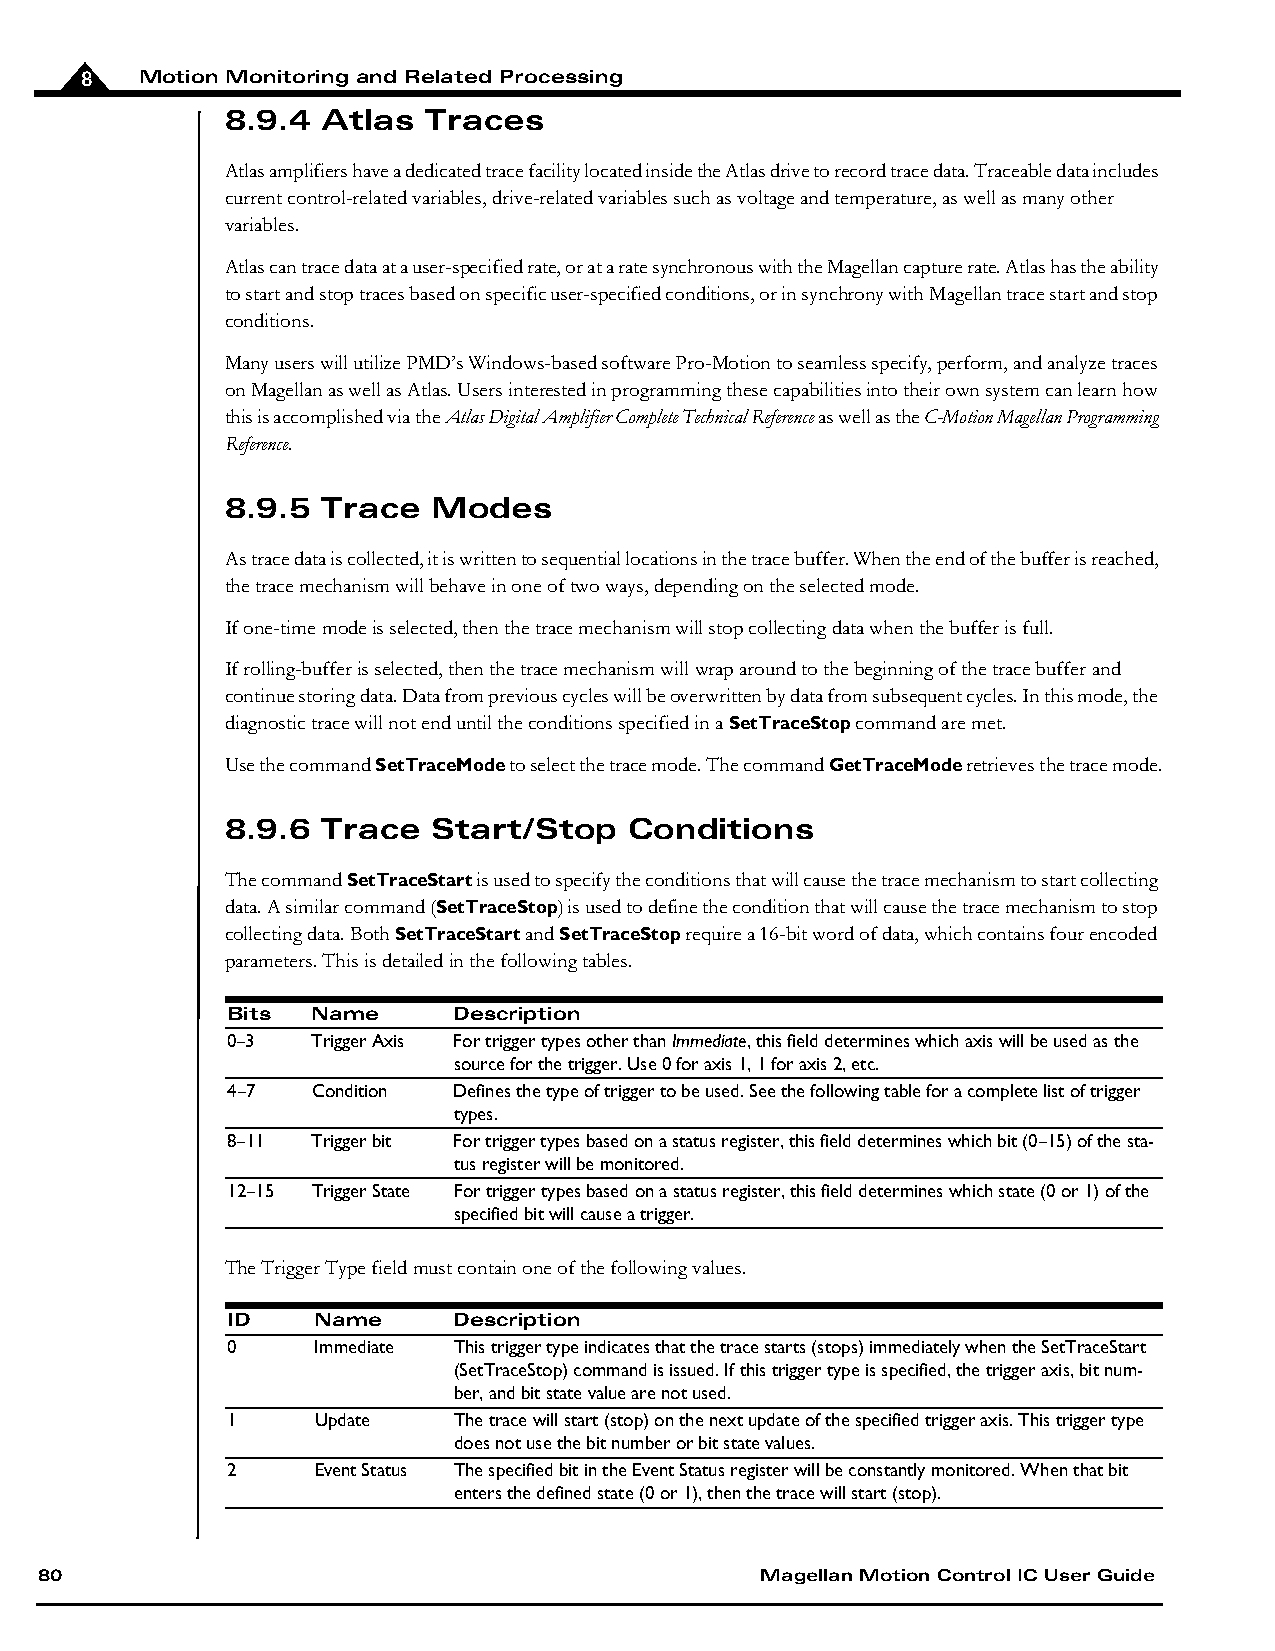
8   Motion Monitoring and Related Processing
 8.9.4 Atlas  Traces
 Atlas amplifiers have a dedicated trace facility located inside the Atlas drive to record trace data. Traceable data includes
 current control-related variables, drive-related variables such as voltage and temperature, as well as many other
 variables.
 Atlas can trace data at a user-specified rate, or at a rate synchronous with the Magellan capture rate. Atlas has the ability
 to start and stop traces based on specific user-specified conditions, or in synchrony with Magellan trace start and stop
 conditions.
 Many users will utilize PMD’s Windows-based software Pro-Motion to seamless specify, perform, and analyze traces
 on Magellan as well as Atlas. Users interested in programming these capabilities into their own system can learn how
 this is accomplished via the Atlas Digital Amplifier Complete Technical Reference as well as the C-Motion Magellan Programming
 Reference.
 8.9.5 Trace   Modes
 As trace data is collected, it is written to sequential locations in the trace buffer. When the end of the buffer is reached,
 the trace mechanism will behave in one of two ways, depending on the selected mode.
 If one-time mode is selected, then the trace mechanism will stop collecting data when the buffer is full.
 If rolling-buffer is selected, then the trace mechanism will wrap around to the beginning of the trace buffer and
 continue storing data. Data from previous cycles will be overwritten by data from subsequent cycles. In this mode, the
 diagnostic trace will not end until the conditions specified in a SetTraceStop command are met.
 Use the command SetTraceMode to select the trace mode. The command GetTraceMode retrieves the trace mode.
 8.9.6 Trace   Start/Stop   Conditions
 The command SetTraceStart is used to specify the conditions that will cause the trace mechanism to start collecting
 data. A similar command (SetTraceStop) is used to define the condition that will cause the trace mechanism to stop
 collecting data. Both SetTraceStart and SetTraceStop require a 16-bit word of data, which contains four encoded
 parameters. This is detailed in the following tables.
 Bits  Name     Description
 0–3   Trigger Axis For trigger types other than Immediate, this field determines which axis will be used as the
 source for the trigger. Use 0 for axis 1, 1 for axis 2, etc.
 4–7   Condition Defines the type of trigger to be used. See the following table for a complete list of trigger
 types.
 8–11  Trigger bit For trigger types based on a status register, this field determines which bit (0–15) of the sta-
 tus register will be monitored.
 12–15 Trigger State For trigger types based on a status register, this field determines which state (0 or 1) of the
 specified bit will cause a trigger.
 The Trigger Type field must contain one of the following values.
 ID    Name     Description
 0     Immediate This trigger type indicates that the trace starts (stops) immediately when the SetTraceStart
 (SetTraceStop) command is issued. If this trigger type is specified, the trigger axis, bit num-
 ber, and bit state value are not used.
 1     Update   The trace will start (stop) on the next update of the specified trigger axis. This trigger type
 does not use the bit number or bit state values.
 2     Event Status The specified bit in the Event Status register will be constantly monitored. When that bit
 enters the defined state (0 or 1), then the trace will start (stop).
 80                                              Magellan Motion Control IC User Guide